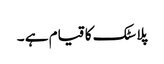
پلاسٹک کا قیام ہے ۔